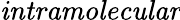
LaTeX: \mathit{intramolecular}